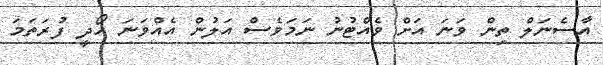
އާސެނަލް ތިން ވަނަ އަށް ވެއްޓުނު ނަމަވެސް އަލުން އެއްވަނަ ހޯދީ ފުރަތަމަ